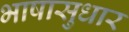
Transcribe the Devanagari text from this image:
भाषासुधार